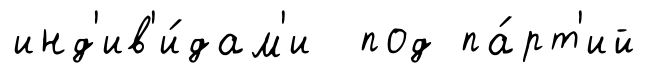
инд'ив'и́дам'и под па́рт'ий